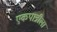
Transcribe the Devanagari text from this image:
एकपात्रीला